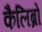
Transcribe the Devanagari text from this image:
कैलिब्रो